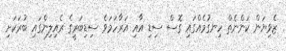
ޒެވިޔަން ކަންނެތް ހިނގުމެއްގައި ގޮސް ސިޑި އާއި އަރާހަމަވެ ސިޑިބަރީގެ ރެއިލިންގައި ބުރަކަށި